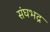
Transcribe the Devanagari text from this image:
संघभद्र